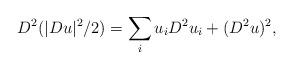
LaTeX: \begin{align*}D^{2}({|Du|^{2}/2})=\sum_{i} u_i D^{2} u_i+(D^{2}u)^{2},\end{align*}